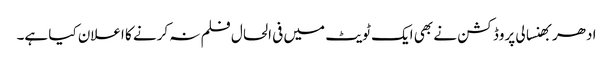
ادھر بھنسالی پروڈکشن نے بھی ایک ٹویٹ میں فی الحال فلم نہ کرنے کا اعلان کیا ہے۔